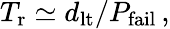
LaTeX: T_{\mathrm{r}}\simeq d_{\mathrm{lt}}/P_{\mathrm{fail}}\, ,